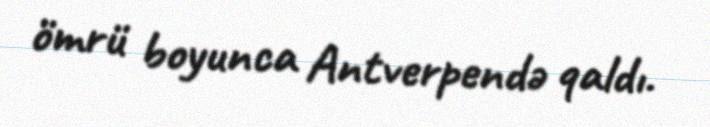
ömrü boyunca Antverpendə qaldı.